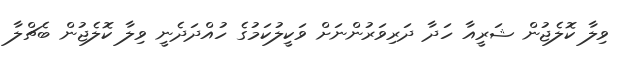
ވިލާ ކޮލެޖުން ޝަރީއާ ހަދާ ދަރިވަރުންނަށް ވަކީލުކަމުގެ ހުއްދަދެނީ ވިލާ ކޮލެޖުން ބެޗްލާ